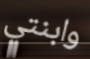
وابنتي